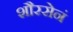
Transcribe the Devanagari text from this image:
शौरसेनं